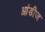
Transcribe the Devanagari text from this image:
आंडीज